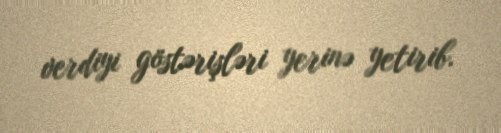
verdiyi göstərişləri yerinə yetirib.